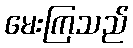
မေးကြသည်